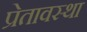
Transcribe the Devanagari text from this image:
प्रेतावस्था